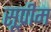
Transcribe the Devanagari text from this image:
सूप्रीम